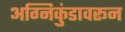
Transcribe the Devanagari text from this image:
अग्निकुंडावरून